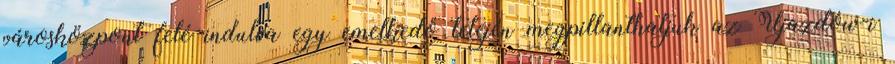
városközpont felé indulva egy emelkedő tetején megpillanthatjuk az Ujazdów-i